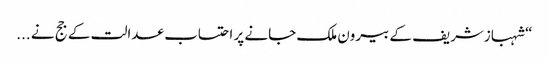
“ شہبازشریف کے بیرون ملک جانے پر احتساب عدالت کے جج نے ...